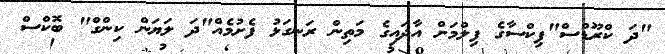
"ދަ ކްރޫޑްސް"ޕިކްސާގެ ފިލްމަށް އާދައިގެ މަތިން ރަނގަޅު ފެށުމެއް"ދަ ލަޔަން ކިންގް" ބޮކްސް